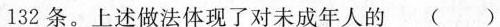
132条。上述做法体现了对未成年人的()